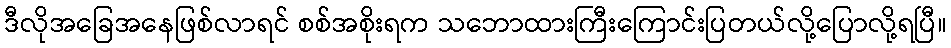
ဒီလိုအခြေအနေဖြစ်လာရင် စစ်အစိုးရက သဘောထားကြီးကြောင်းပြတယ်လို့ပြောလို့ရပြီ။